Problem: 16 + 63 = ?
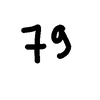
Handwritten answer: 79